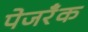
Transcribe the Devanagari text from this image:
पेजरॅँक